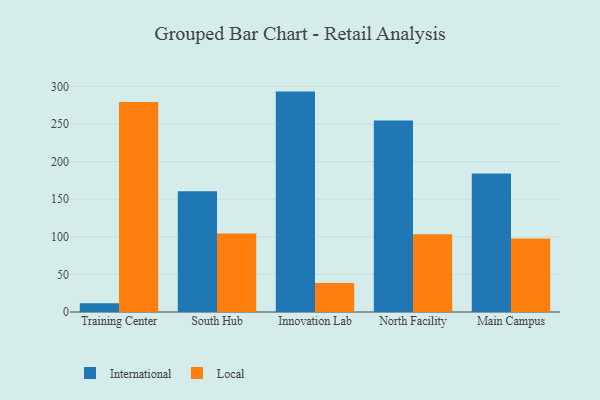
{"axis": {"x": "Campus", "y": "Page Views"}, "legend": ["International", "Local"], "data": [{"x": "Training Center", "y": 11.8, "type": "International"}, {"x": "Training Center", "y": 279.5, "type": "Local"}, {"x": "South Hub", "y": 160.5, "type": "International"}, {"x": "South Hub", "y": 104.4, "type": "Local"}, {"x": "Innovation Lab", "y": 293.2, "type": "International"}, {"x": "Innovation Lab", "y": 38.5, "type": "Local"}, {"x": "North Facility", "y": 254.9, "type": "International"}, {"x": "North Facility", "y": 103.4, "type": "Local"}, {"x": "Main Campus", "y": 184.4, "type": "International"}, {"x": "Main Campus", "y": 97.8, "type": "Local"}]}